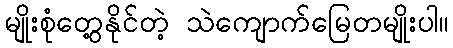
မျိုးစုံတွေ့နိုင်တဲ့ သဲကျောက်မြေတမျိုးပါ။